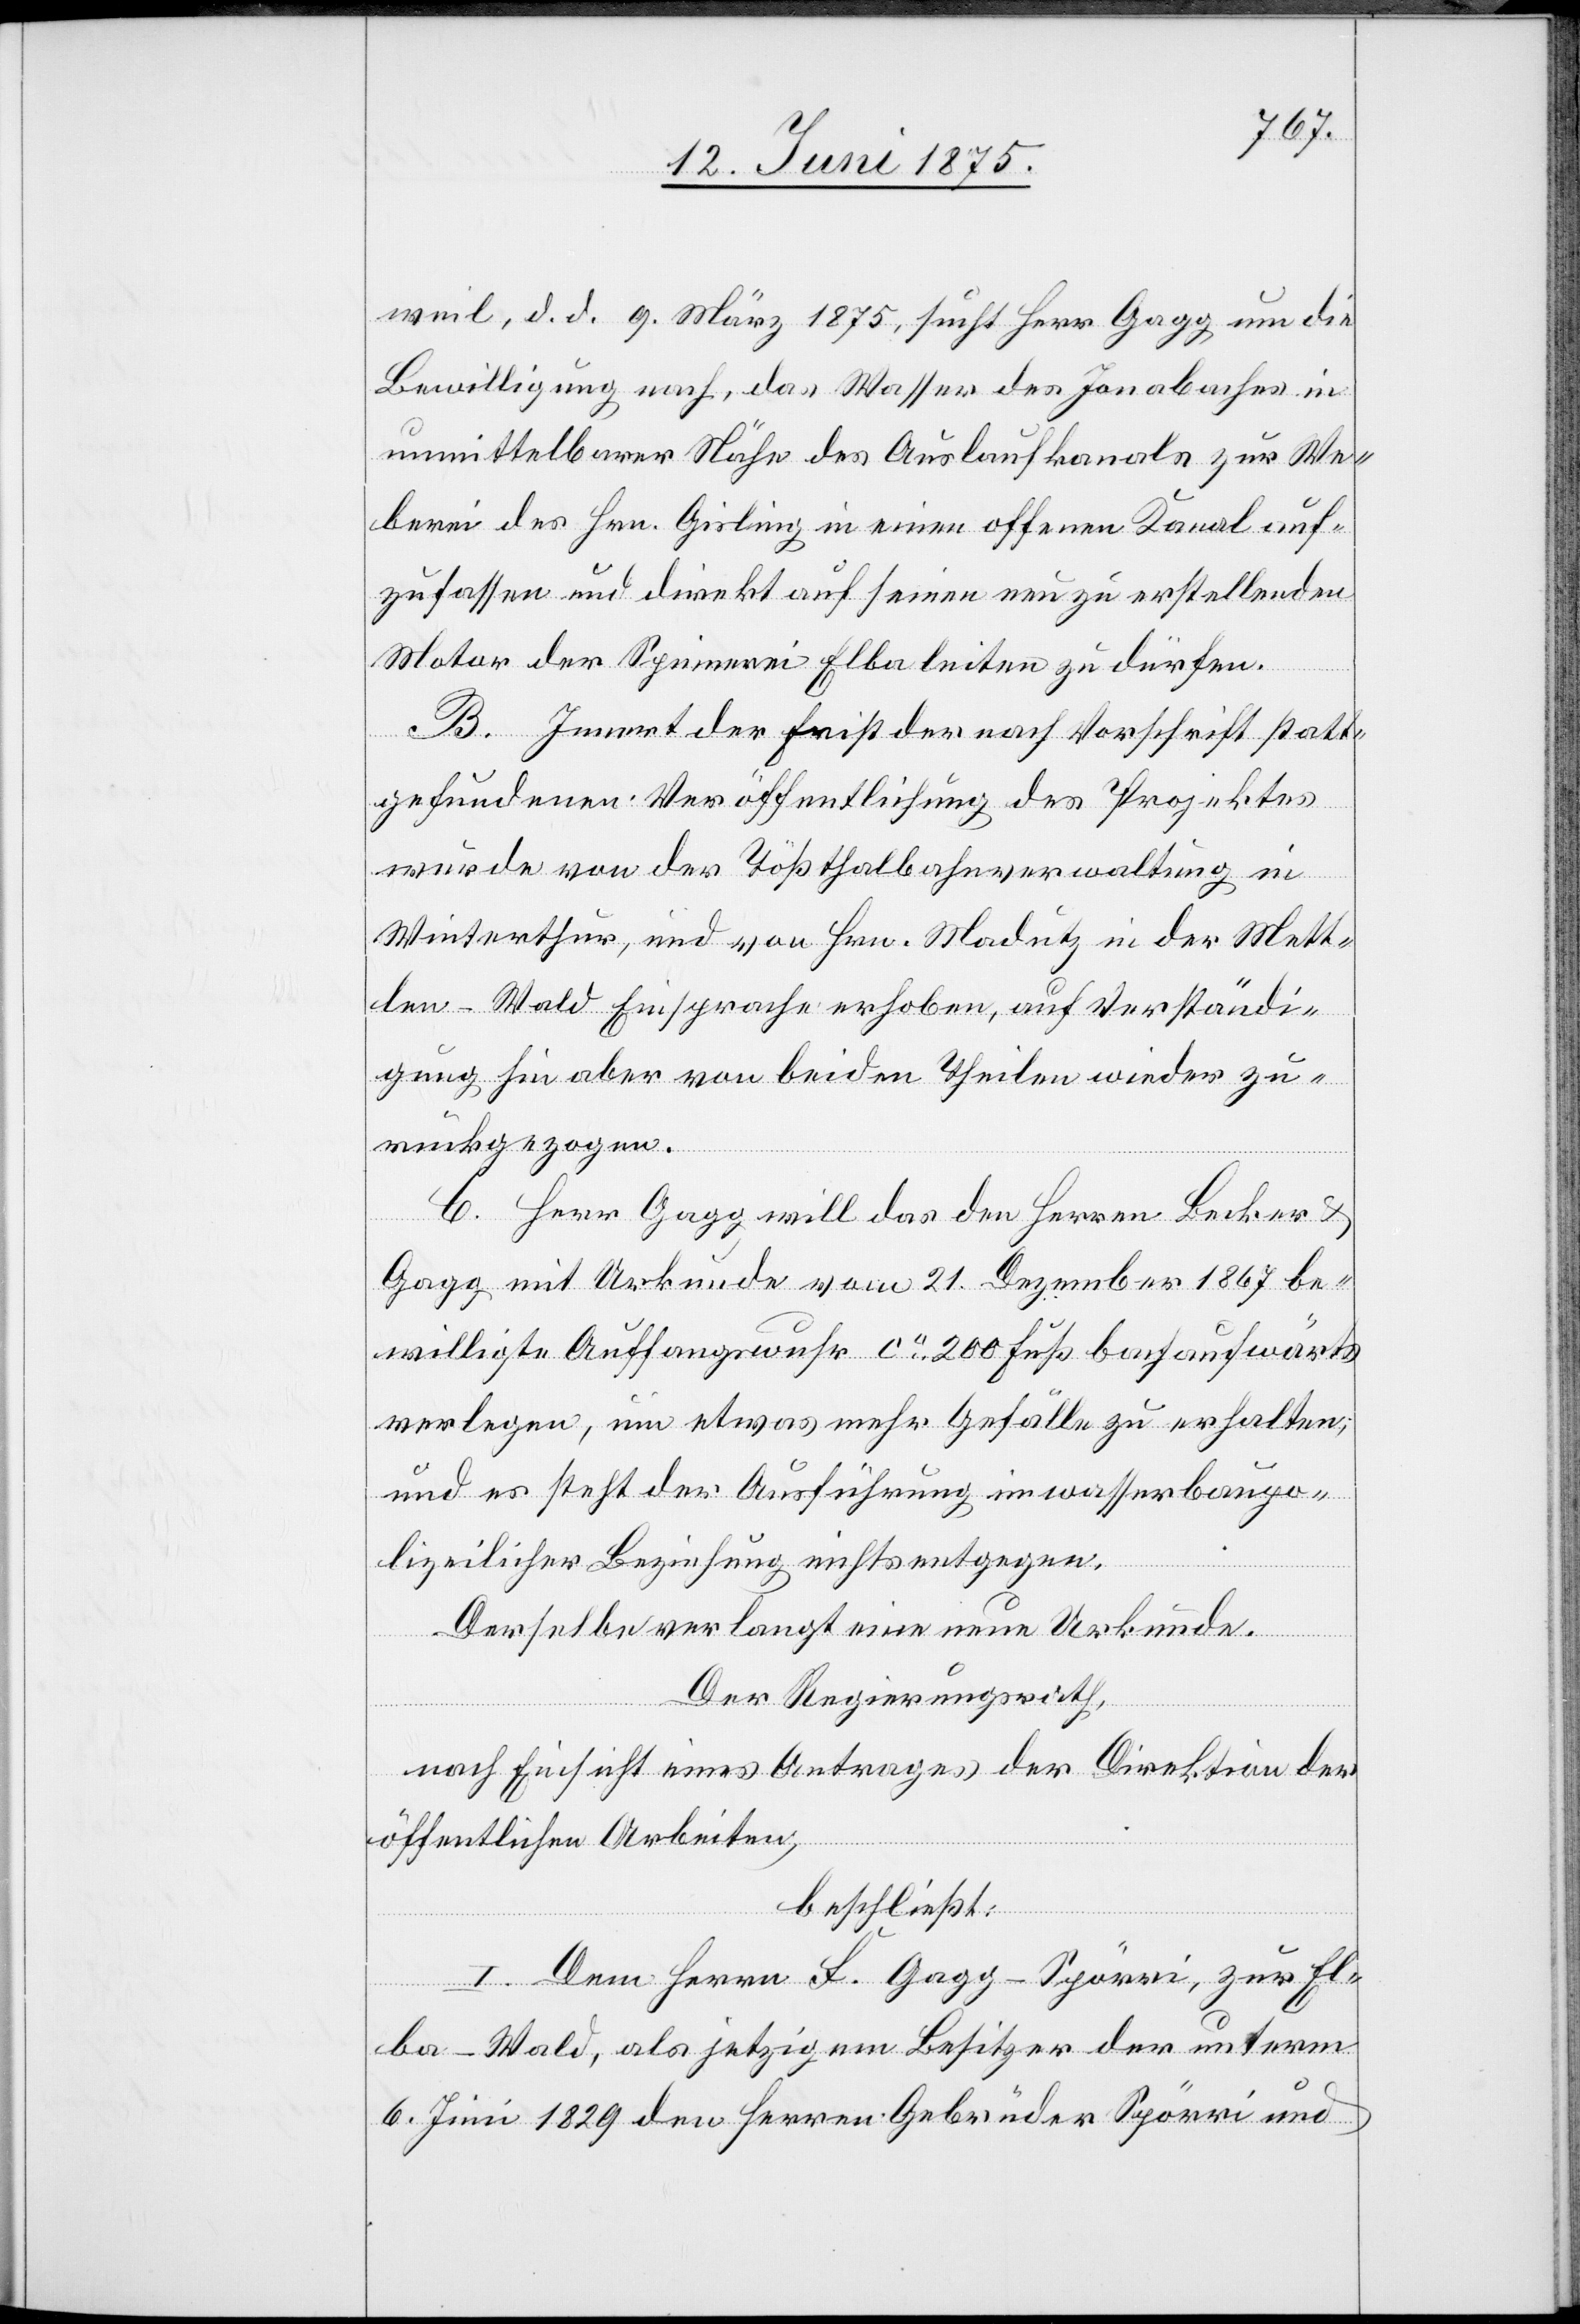
weil, d. d. 9. März 1875, sucht Herr Gagg um die
Bewilligung nach, das Wasser des Jonabaches in
unmittelbarer Nähe des Auslaufkanals zur We¬
berei des Hrn. Gisling in einen offenen Kanal auf¬
zufassen und direkt auf seinen neu zu erstellenden
Motor der Spinnerei Elba leiten zu dürfen.
B. Innert der Frist der nach Vorschrift statt¬
gefundenen Veröffentlichung des Projektes
wurde von der Tößthalbahnverwaltung in
Winterthur, und von Hrn. Madutz in der Mett¬
len - Wald Einsprache erhoben, auf Verständi¬
gung hin aber von beiden Theilen wieder zu¬
rückgezogen.
C. Herr Gagg will das den Herren Becker &
Gagg mit Urkunde vom 21. Dezember 1867 be¬
willigte Auffangswuhr ca 200 Fuß bachaufwärts
verlegen, um etwas mehr Gefälle zu erhalten;
und es steht der Ausführung in wasserbaupo¬
lizeilicher Beziehung nichts entgegen.
Derselbe verlangt eine neue Urkunde.
Der Regierungsrath,
nach Einsicht eines Antrages der Direktion der
öffentlichen Arbeiten,
beschließt:
I. Dem Herrn F. Gagg-Spörri, zur El¬
ba - Wald, als jetzigen Besitzer der unterm
6. Juni 1829 den Herren Gebrüder Spörri und